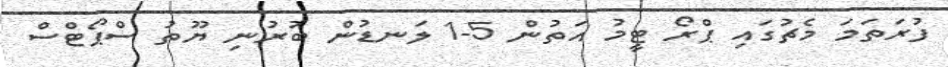
ފުރަތަމަ މެޗުގައި ޕްރޯ ޓީމު އަތުން 5-1 ލަނޑުން ބުރުނި ޔޫތު ސްޕޯޓްސް